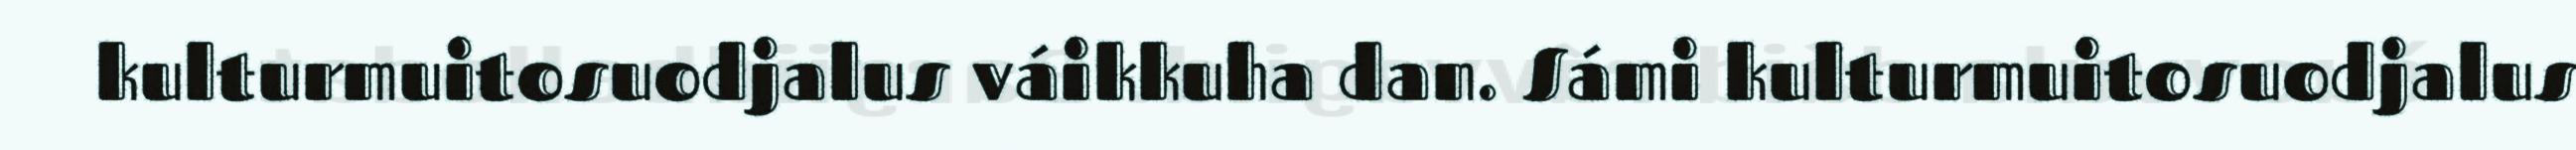
kulturmuitosuodjalus váikkuha dan. Sámi kulturmuitosuodjalus